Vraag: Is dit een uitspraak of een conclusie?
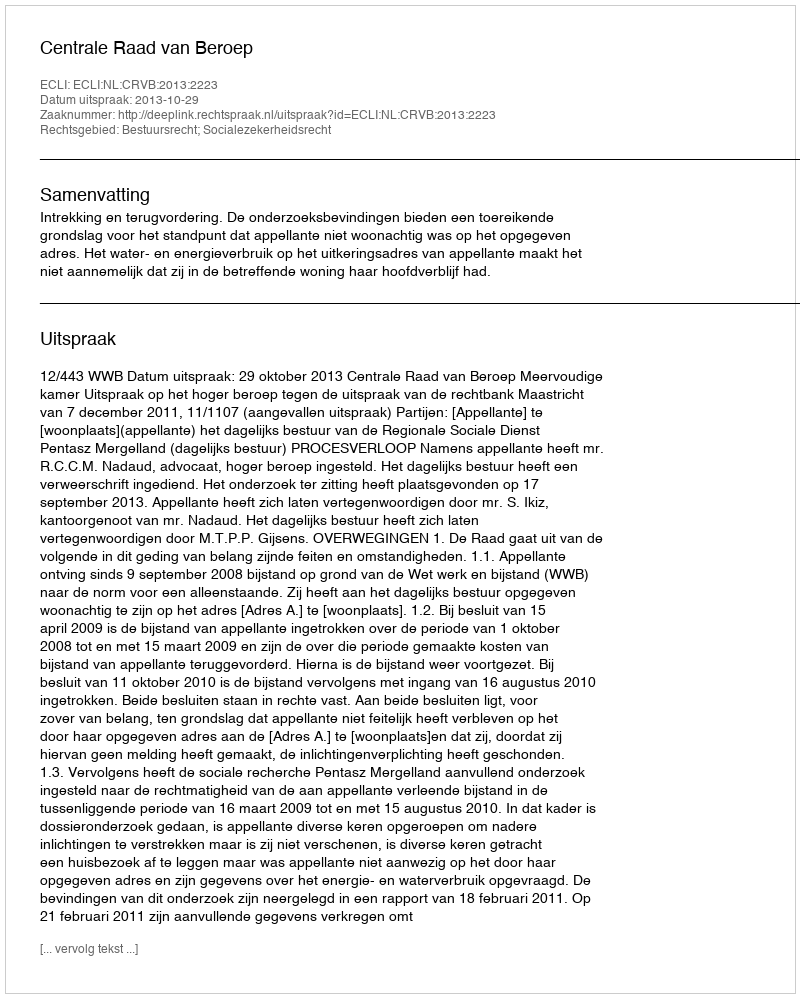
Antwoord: Uitspraak